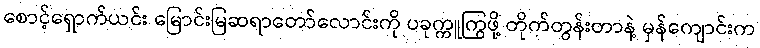
စောင့်ရှောက်ယင်း မြောင်းမြဆရာတော်လောင်းကို ပခုက္ကူကြွဖို့ တိုက်တွန်းတာနဲ့ မှန်ကျောင်းက